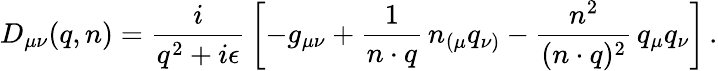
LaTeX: D_{\mu\nu}(q,n)=\frac{i}{q^{2}+i\epsilon}\, \left[-g_{\mu\nu}+\frac{1}{n\cdot q}\, n_{\left(\mu\right.}q_{\left.\nu\right)}-\frac{n^{2}}{(n\cdot q)^{2}}\, q_{\mu}q_{\nu}\right]\, .